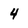
Character: 4